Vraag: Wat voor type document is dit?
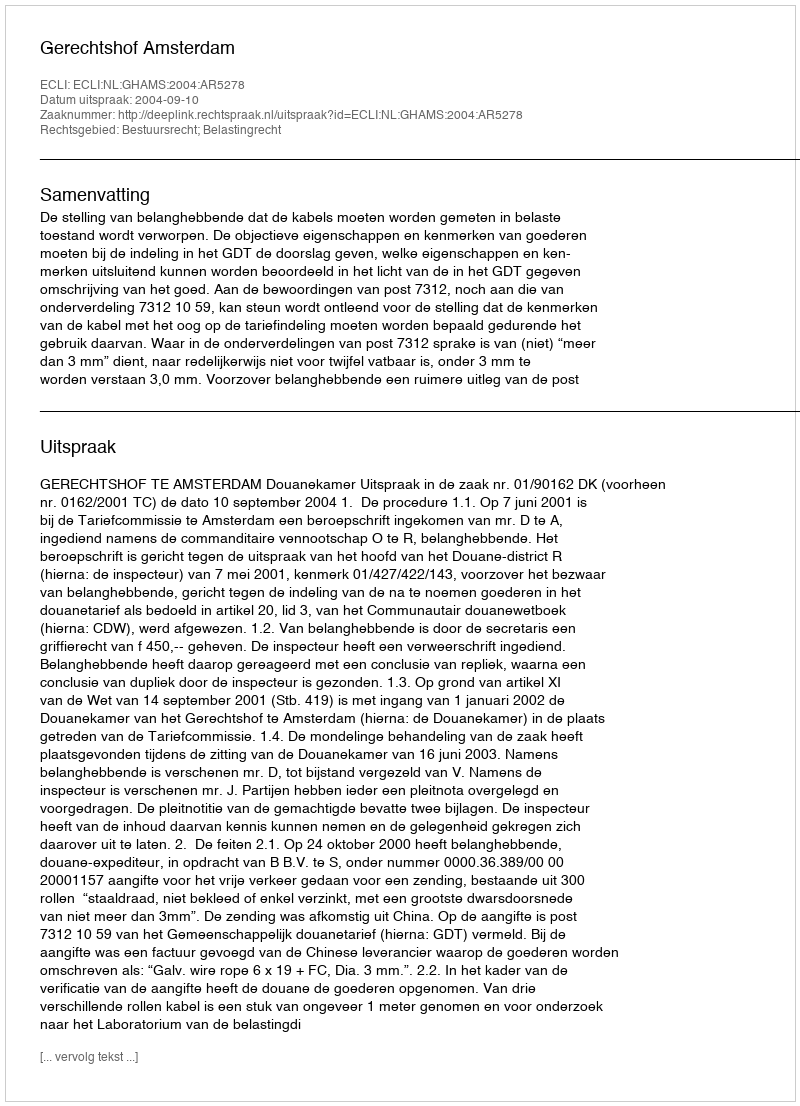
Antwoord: Uitspraak